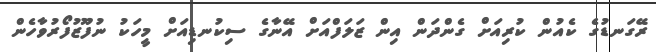
ރޭގަނޑުގެ ކެއުން ކުރިއަށް ގެންދަން އިން ޒަލަފްއަށް އޭނާގެ ސިކުނޑިއަށް މީހަކު ނުފޫޒުފޯރުވާހެން